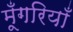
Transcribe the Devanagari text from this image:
मूँगरियाँ